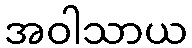
အဝါသာယ